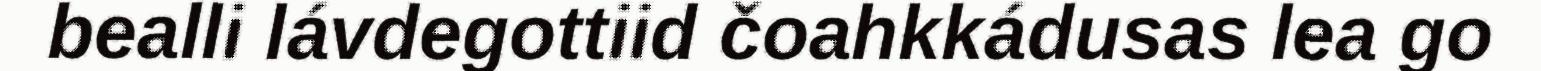
bealli lávdegottiid čoahkkádusas lea go